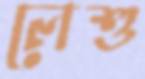
লেশু